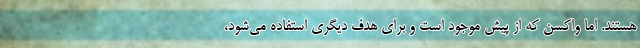
هستند. اما واکسن که از پیش موجود است و برای هدفِ دیگری استفاده می‌شود،